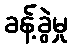
ခန့်ခွဲမှု